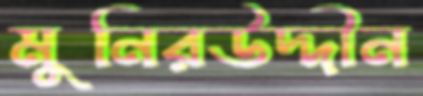
মুনিরউদ্দীন